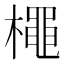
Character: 𭬌